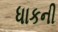
ધાકની